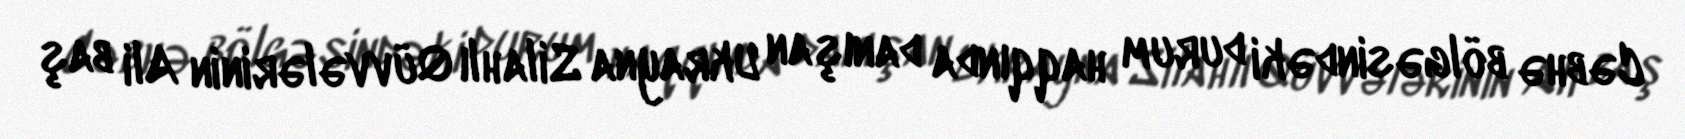
Cəbhə bölgəsindəki durum haqqında danışan Ukrayna Silahlı Qüvvələrinin Ali baş